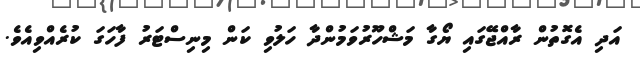
އަދި އެގޮތުން ރާއްޖޭގައި ޔޯގާ މަޝްހޫރުވަމުންދާ ހަލުވި ކަން މިނިސްޓަރު ފާހަގަ ކުރެއްވިއެވެ.